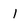
Character: 1